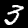
Label: 3